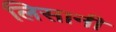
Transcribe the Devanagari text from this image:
लिसानी